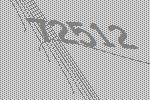
72512